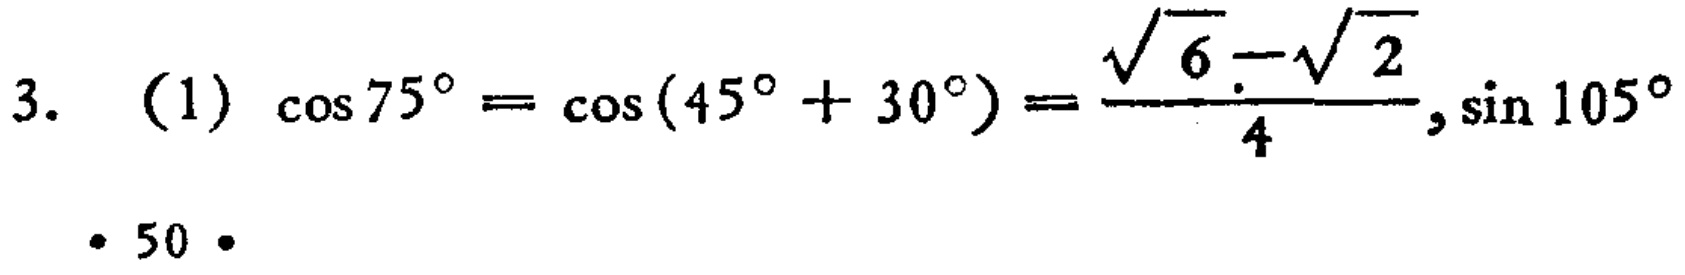
$3.\ (1)\ \cos 75^{\circ}=\cos(45^{\circ} + 30^{\circ})=\frac{\sqrt{6}-\sqrt{2}}{4},\sin 105^{\circ}$

· 50 ·